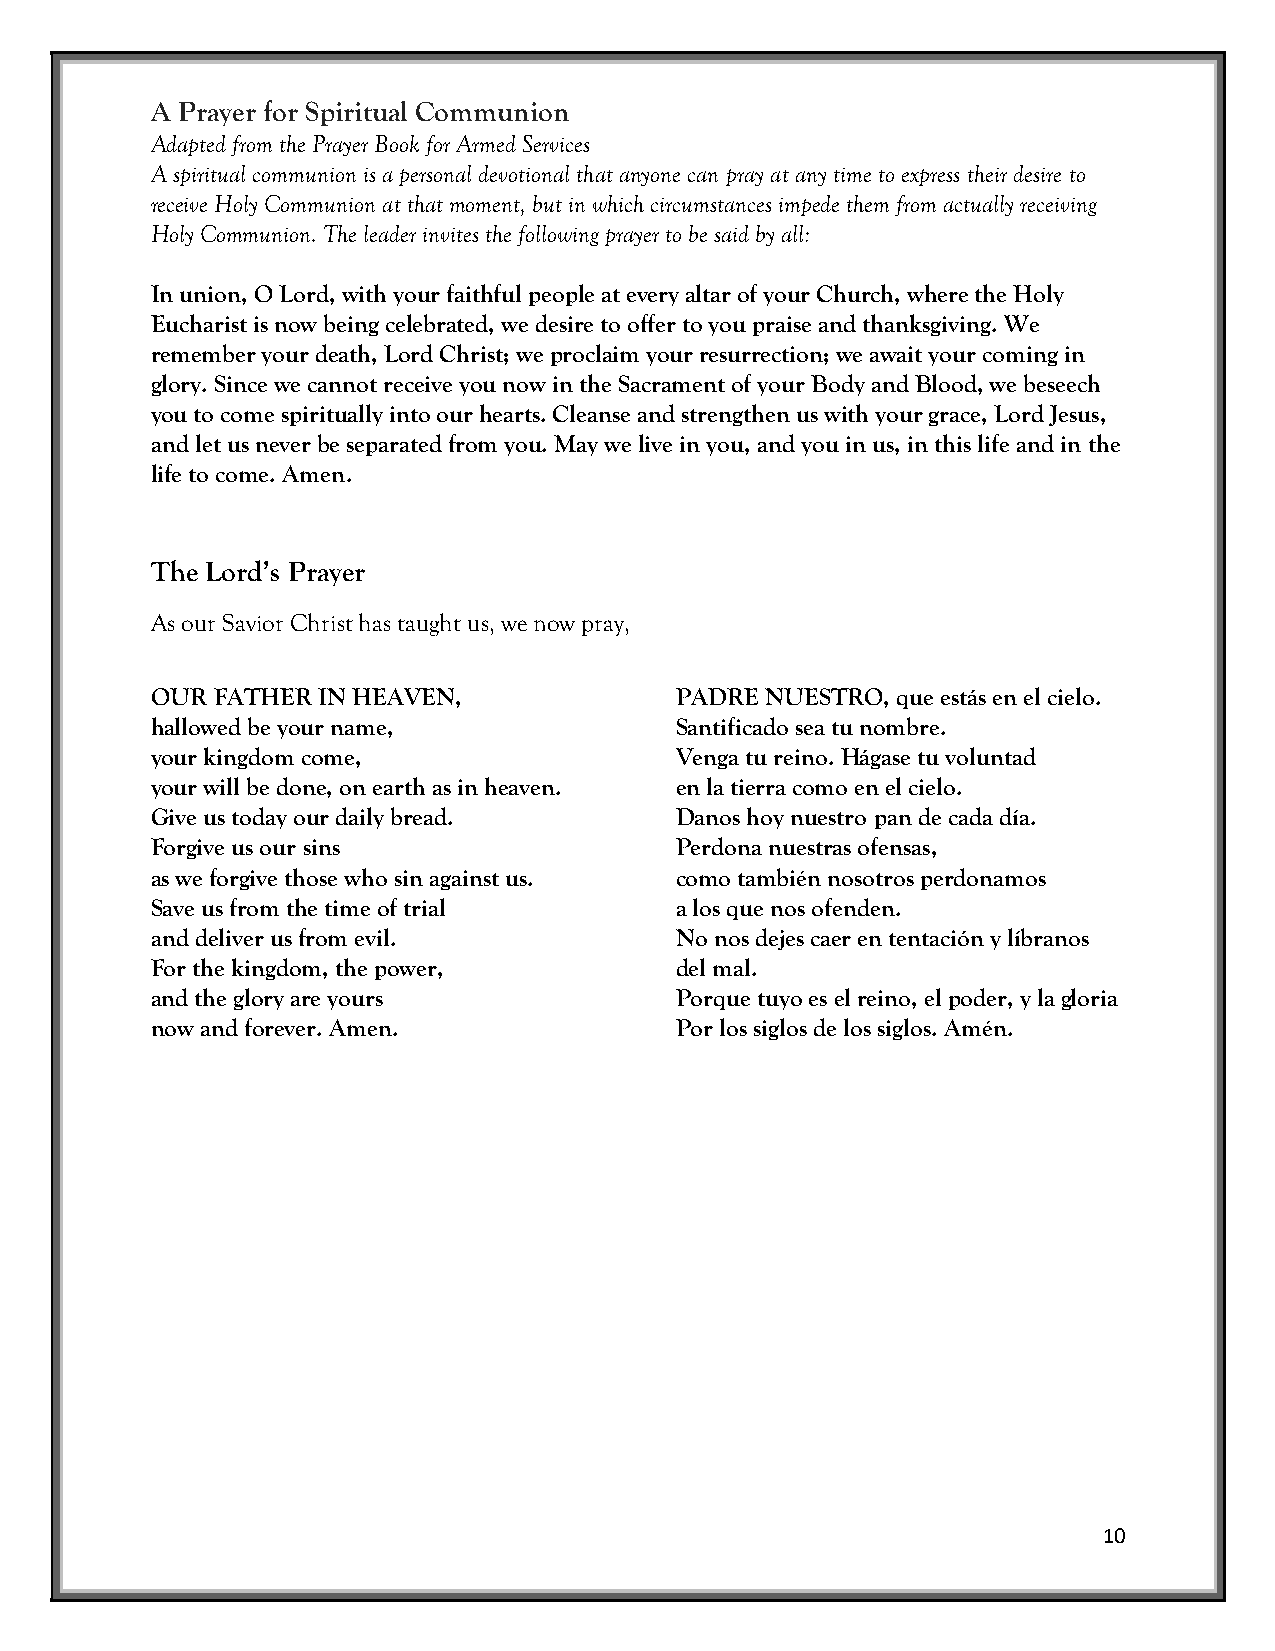
A Prayer for Spiritual Communion
 Adapted from the Prayer Book for Armed Services
 A spiritual communion is a personal devotional that anyone can pray at any time to express their desire to
 receive Holy Communion at that moment, but in which circumstances impede them from actually receiving
 Holy Communion. The leader invites the following prayer to be said by all:
 In union, O Lord, with your faithful people at every altar of your Church, where the Holy
 Eucharist is now being celebrated, we desire to offer to you praise and thanksgiving. We
 remember your death, Lord Christ; we proclaim your resurrection; we await your coming in
 glory. Since we cannot receive you now in the Sacrament of your Body and Blood, we beseech
 you to come spiritually into our hearts. Cleanse and strengthen us with your grace, Lord Jesus,
 and let us never be separated from you. May we live in you, and you in us, in this life and in the
 life to come. Amen.
 The Lord’s Prayer
 As our Savior Christ has taught us, we now pray,
 OUR FATHER IN HEAVEN,              PADRE NUESTRO, que estás en el cielo.
 hallowed be your name,             Santificado sea tu nombre.
 your kingdom come,                 Venga tu reino. Hágase tu voluntad
 your will be done, on earth as in heaven. en la tierra como en el cielo.
 Give us today our daily bread.     Danos hoy nuestro pan de cada día.
 Forgive us our sins                Perdona nuestras ofensas,
 as we forgive those who sin against us. como también nosotros perdonamos
 Save us from the time of trial     a los que nos ofenden.
 and deliver us from evil.          No nos dejes caer en tentación y líbranos
 For the kingdom, the power,        del mal.
 and the glory are yours            Porque tuyo es el reino, el poder, y la gloria
 now and forever. Amen.             Por los siglos de los siglos. Amén.
 10